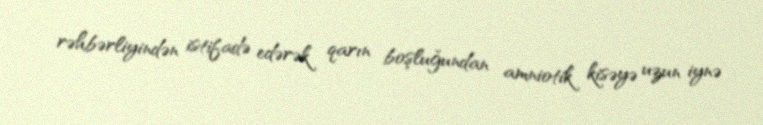
rəhbərliyindən istifadə edərək qarın boşluğundan amniotik kisəyə uzun iynə